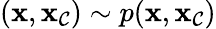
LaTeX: (\mathbf{x},\mathbf{x}_{\mathcal{C}})\sim p(\mathbf{x},\mathbf{x}_{\mathcal{C}})